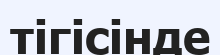
тігісінде